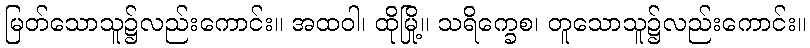
မြတ်သောသူ၌လည်းကောင်း။ အထဝါ၊ ထိုမြို့။ သရိက္ခေစ၊ တူသောသူ၌လည်းကောင်း။